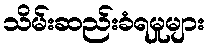
သိမ်းဆည်းခံရမှုများ